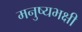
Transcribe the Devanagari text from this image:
मनुष्यभक्षी